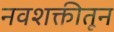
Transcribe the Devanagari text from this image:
नवशक्तीतून